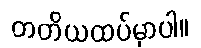
တတိယထပ်မှာပါ။